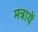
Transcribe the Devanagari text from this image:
मत्रायें